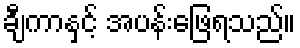
ချီကာနှင့် အပန်းဖြေရသည်။